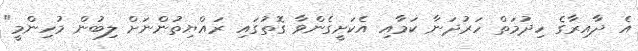
އެ ދާއިރާގެ ހިދުމަތް ހަރުދަނާ ކަމާއި އެކަށީގެންވާ ގޮތުގައި ރައްޔިތުންނަށް ލިބުން މުހިންމީ"